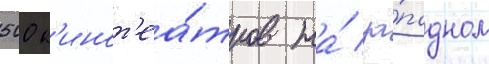
500 к'инот'еа́тров на́ за́падном